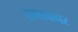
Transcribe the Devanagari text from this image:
रम्मनगर